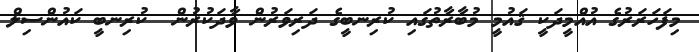
މިފަހަރަރުގެ އުއްމީދަކީ ޤައުމީ މުބާރާތުގައި ކުރިނބީގެ ދަރިވަރުން ވާދަކުރުން  ކުރިނބީ ކައުންސިލް